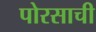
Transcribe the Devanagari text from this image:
पोरसाची